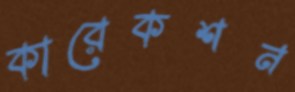
কারেকশন